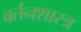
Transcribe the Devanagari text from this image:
वर्तनशास्त्र